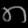
Digit: ၈